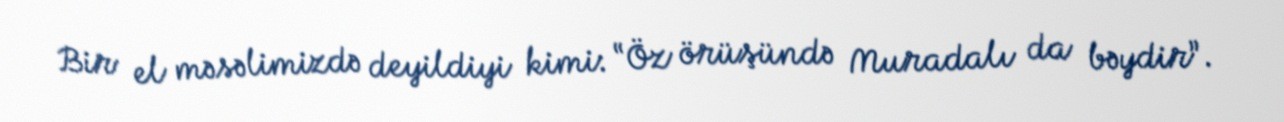
Bir el məsəlimizdə deyildiyi kimi: “Öz örüşündə Muradalı da bəydir”.